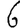
Digit: 6